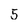
Character: 5